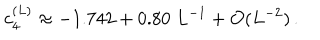
c _ { 4 } ^ { ( L ) } \approx - 1 . 7 4 2 + 0 . 8 0 \; L ^ { - 1 } + { \cal O } ( L ^ { - 2 } ) \, .